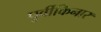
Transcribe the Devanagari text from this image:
पुर्वीकिनार